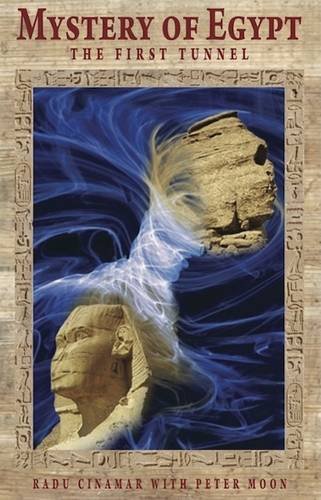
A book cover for Mystery of Egypt - The First Tunnel (Transylvanian); Radu Cinamar; Science & Math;